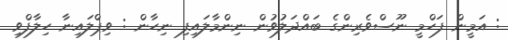
: އަމީން ފަހްމީ ނޫސްވެރިންގެ ބައްދަލުވުން ނިންމާލައިފި ނިހާން : ވިޕްލައިނާ ހިލާފްވި